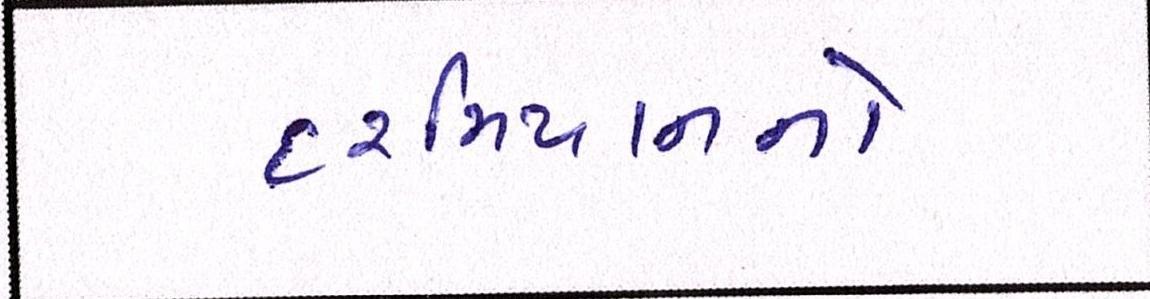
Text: દરમિયાનનો